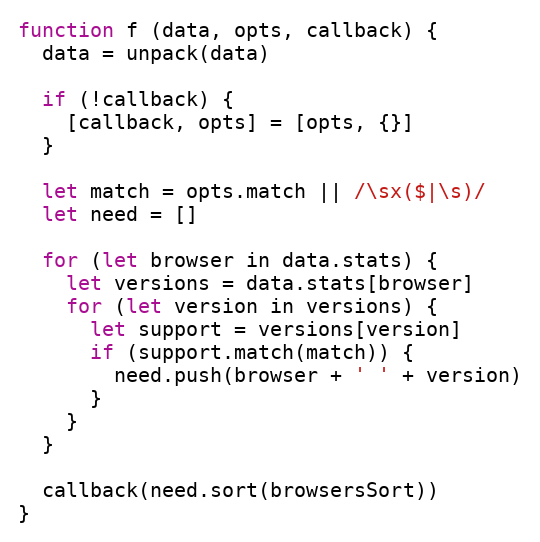
Language: JavaScript
function f (data, opts, callback) {
  data = unpack(data)

  if (!callback) {
    [callback, opts] = [opts, {}]
  }

  let match = opts.match || /\sx($|\s)/
  let need = []

  for (let browser in data.stats) {
    let versions = data.stats[browser]
    for (let version in versions) {
      let support = versions[version]
      if (support.match(match)) {
        need.push(browser + ' ' + version)
      }
    }
  }

  callback(need.sort(browsersSort))
}